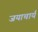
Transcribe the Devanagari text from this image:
जयाचार्य